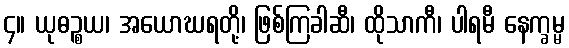
၄။ ယုဓဉ္စယ၊ အယောဃရတို့၊ ဖြစ်ကြခါဆီ၊ ထိုသာကီ၊ ပါရမီ နေက္ခမ္မ